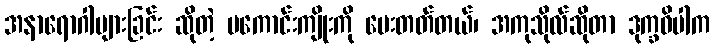
အနာရောဂါများခြင်း ဆိုတဲ့ မကောင်းကျိုးကို ပေးတတ်တယ်၊ အကုသိုလ်ဆိုတာ ဒုက္ခဝိပါက